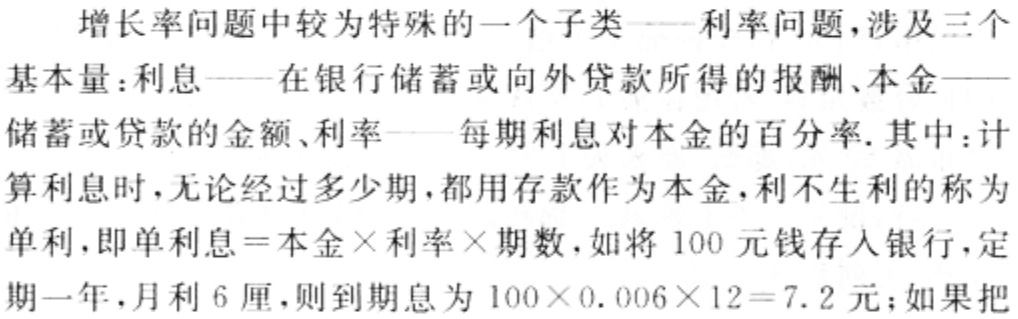
增长率问题中较为特殊的一个子类——利率问题，涉及三个
基本量：利息——在银行储蓄或向外贷款所得的报酬、本金——
储蓄或贷款的金额、利率——每期利息对本金的百分率. 其中：计
算利息时，无论经过多少期，都用存款作为本金，利不生利的称为
单利，即单利息 \(=\)本金\(\times\)利率\(\times\)期数，如将 100 元钱存入银行，定
期一年，月利 6 厘，则到期息为 \(100\times0.006\times12 = 7.2\) 元；如果把